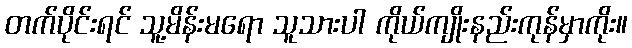
တက်ပိုင်းရင် သူ့မိန်းမရော သူသားပါ ကိုယ်ကျိုးနည်းကုန်မှာကိုး။